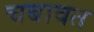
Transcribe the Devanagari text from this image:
चबावत